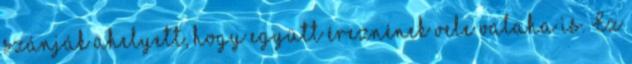
szánják ahelyett, hogy együtt éreznének vele valaha is. Ez